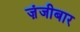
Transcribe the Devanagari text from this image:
ज़ंजीबार